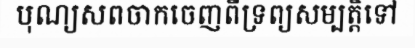
បុណ្យសពចាកចេញពីទ្រព្យសម្បត្តិទៅ